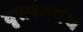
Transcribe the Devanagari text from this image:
वृत्तरंगमंच